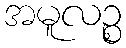
အမူလဉ္စ